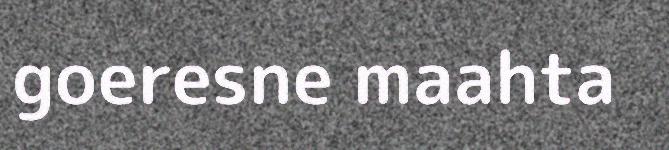
goeresne maahta